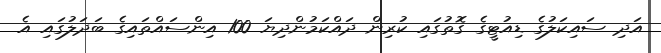
އަދި ސައިކަލުގެ ޑިއުޓީގެ ގޮތުގައި ކުރިން ދައްކަމުންދިޔަ 100 އިންސައްތައިގެ ބަދަލުގައި އެ